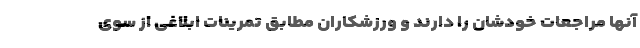
آنها مراجعات خودشان را دارند و ورزشکاران مطابق تمرینات ابلاغی از سوی